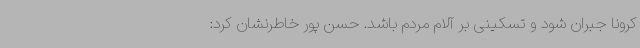
کرونا جبران شود و تسکینی بر آلام مردم باشد. حسن پور خاطرنشان کرد: